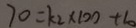
7 0 = k _ { 2 } \times 1 0 0 + 1 0